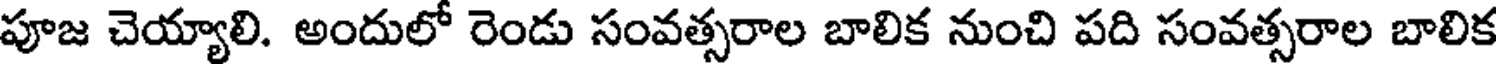
పూజ చెయ్యాలి. అందులో రెండు సంవత్సరాల బాలిక నుంచి పది సంవత్సరాల బాలిక